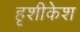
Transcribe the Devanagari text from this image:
हृशीकेश